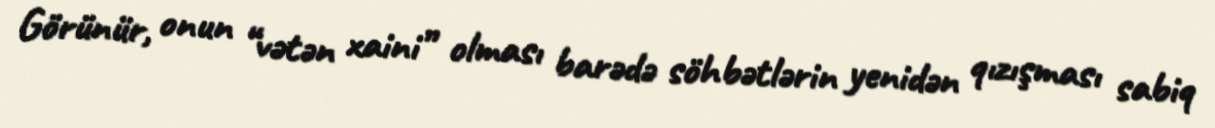
Görünür, onun “vətən xaini” olması barədə söhbətlərin yenidən qızışması sabiq